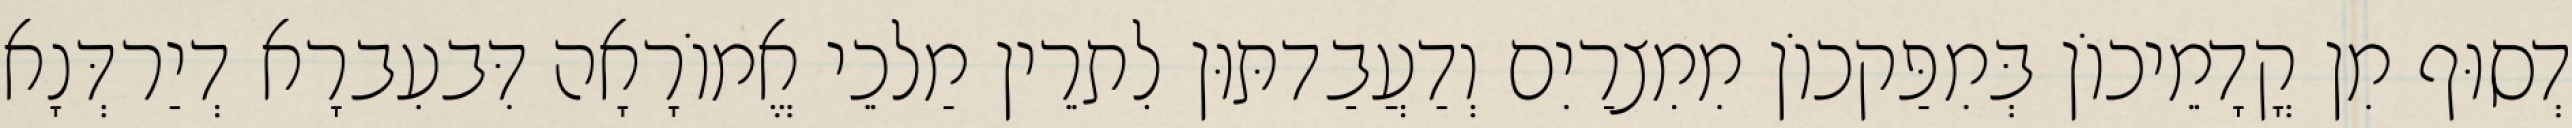
דְסוּף מִן קֳדָמֵיכוֹן בְּמִפַּקכוֹן מִמִצרַיִם וְדַעֲבַדתּוּן לִתרֵין מַלכֵי אֱמוֹרָאָה דִּבעִברָא דְיַרדְּנָא